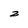
Character: z